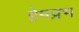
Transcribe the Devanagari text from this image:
हेमप्रभ